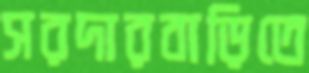
সরদারবাড়িতে